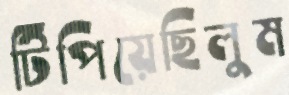
টিপিয়েছিলুম